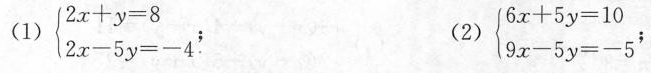
(1) $$\left\{ \begin{matrix} 2 x + y = 8 \\ 2 x - 5 y = - 4 \\ \end{matrix} \right .$$ ; (2)$$\left\{ \begin{matrix} 6 x + 5 y = 10 \\ 9 x - 5 y = - 5 \\ \end{matrix} \right . $$;